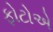
ફોટોએ